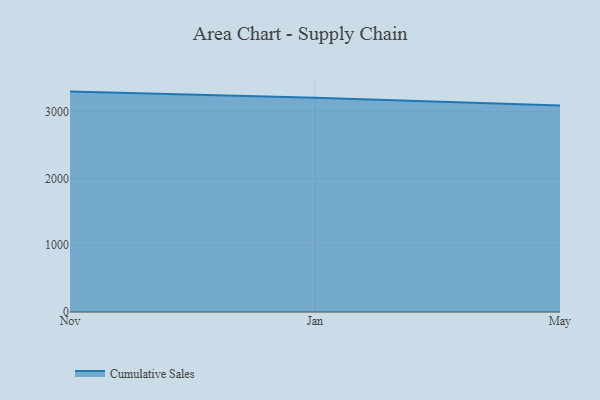
{"axis": {"x": "Month", "y": "Net Income (USD K)"}, "legend": ["Cumulative Sales"], "data": [{"x": "Nov", "y": 3299.9, "type": "Cumulative Sales"}, {"x": "Jan", "y": 3206.3, "type": "Cumulative Sales"}, {"x": "May", "y": 3091.7, "type": "Cumulative Sales"}]}